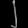
Digit: ၂